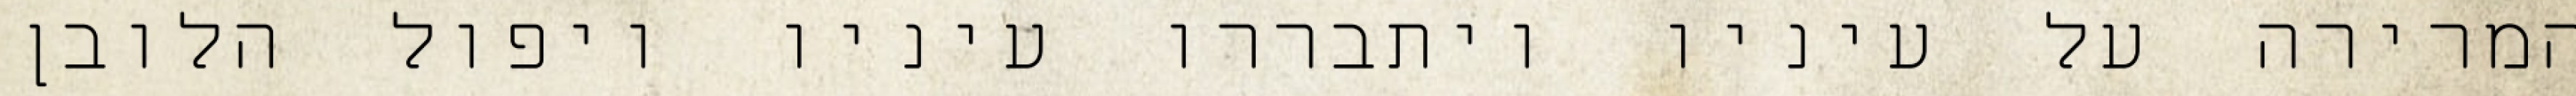
המרירה על עיניו ויתבררו עיניו ויפול הלובן